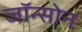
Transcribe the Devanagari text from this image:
जॉन्सोन